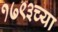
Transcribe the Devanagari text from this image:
१७९३च्या